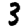
Digit: 3